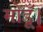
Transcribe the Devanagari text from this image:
मोडूँ।